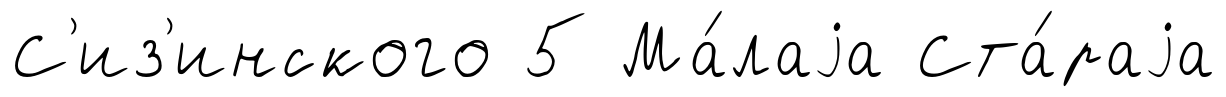
С'из'инского 5 Ма́лаjа Ста́раjа